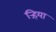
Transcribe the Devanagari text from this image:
ऱ्हिया